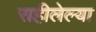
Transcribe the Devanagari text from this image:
राहीलेल्‍या